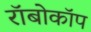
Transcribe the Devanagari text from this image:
राॅबोकाॅप